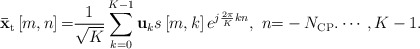
\begin{align*} {{\bf{\bar x}}_{\rm t}}\left[m, n \right] {\rm =} \frac{1}{\sqrt K }\sum\limits_{k = 0}^{K-1} {{{\bf{u}}_k}s\left[m, k \right]{e^{j\frac{{2\pi }}{K}kn}}},\ n {\rm =} - {{N}_{\rm CP }}. \cdots ,K - 1. \end{align*}